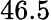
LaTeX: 46.5